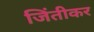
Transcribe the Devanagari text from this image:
जिंतीकर